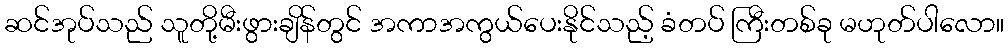
ဆင်အုပ်သည် သူတို့မီးဖွားချိန်တွင် အကာအကွယ်ပေးနိုင်သည့် ခံတပ် ကြီးတစ်ခု မဟုတ်ပါလော။